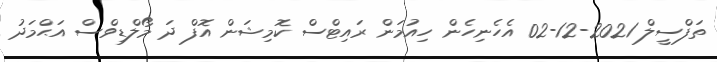
ތަފްސީލް 2021-12-02 އެހެނިހެން ހިއުމަން ރައިޓްސް ކޮމިޝަން އޮފް ދަ މޯލްޑިވްސް އަޙްމަދު